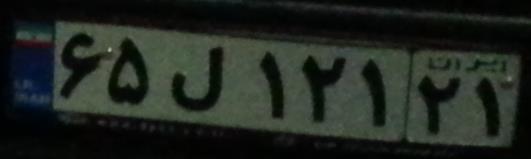
۶۵ل۱۲۱۲۱